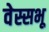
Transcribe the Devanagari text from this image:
वेस्सभू